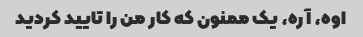
اوه، آره، یک ممنون که کار من را تایید کردید